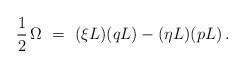
LaTeX: \begin{align*}\frac12\,\Omega\ =\ (\xi L)(qL) - (\eta L)(pL)\,.\end{align*}